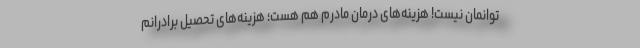
توانمان نیست! هزینه‌های درمان مادرم هم هست؛ هزینه‌های تحصیل برادرانم